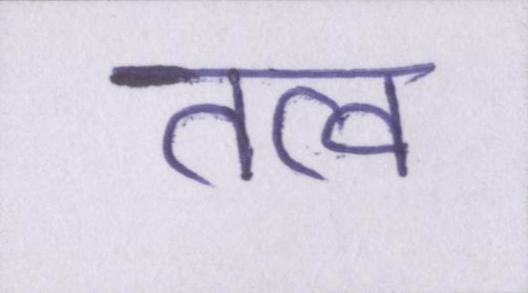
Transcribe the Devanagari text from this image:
तत्व